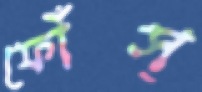
ফোঁস্